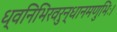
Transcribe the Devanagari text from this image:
ध्वनिभिरवरुन्धानमणुभिः।